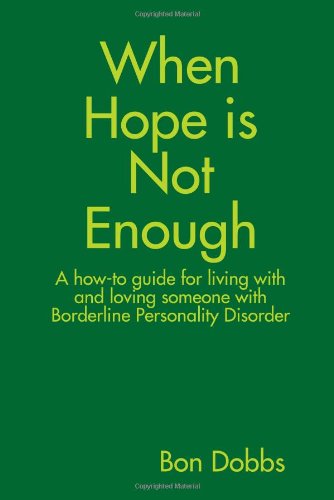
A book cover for When Hope is Not Enough; Bon Dobbs; Health, Fitness & Dieting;